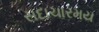
સદાચારમય